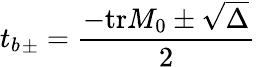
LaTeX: {t_{b}}_{\pm}=\frac{-{\mathrm{tr}}M_{0}\pm\sqrt{\Delta}}{2}